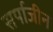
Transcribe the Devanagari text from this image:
सर्पाजीन